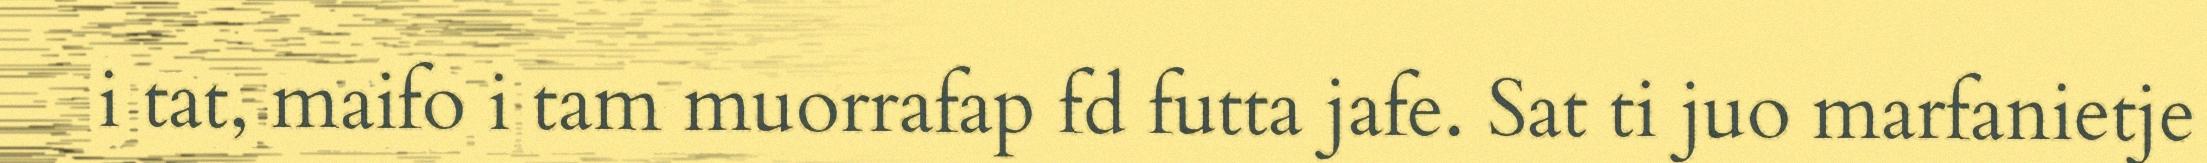
i tat, maifo i tam muorrafap fd futta jafe. Sat ti juo marfanietje